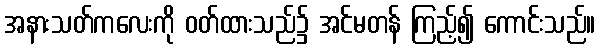
အနားသတ်ကလေးကို ဝတ်ထားသည်၌ အင်မတန် ကြည့်၍ ကောင်းသည်။